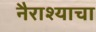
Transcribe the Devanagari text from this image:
नैराश्याचा